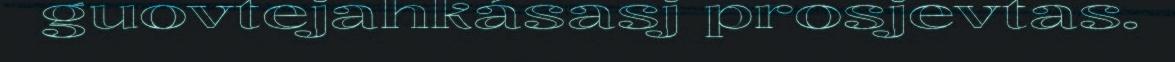
guovtejahkásasj prosjevtas.